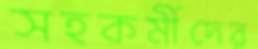
সহকর্মীদের